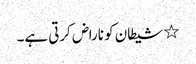
٭ شیطان کو ناراض کرتی ہے۔